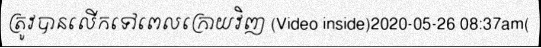
ត្រូវបានលើកទៅពេលក្រោយវិញ (Video inside)2020-05-26 08:37am(